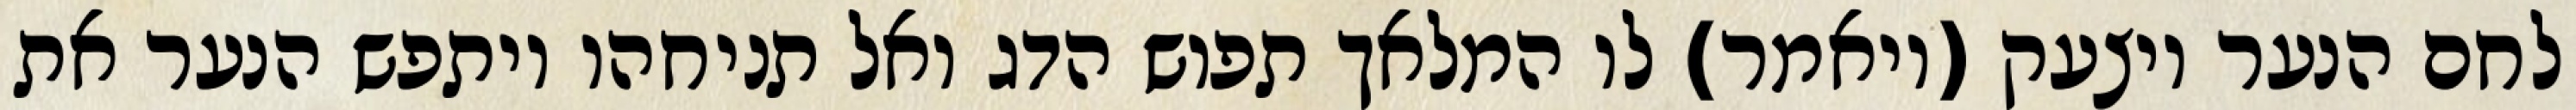
לחם הנער ויצעק (ויאמר) לו המלאך תפוש הדג ואל תניחהו ויתפש הנער את